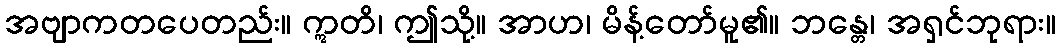
အဗျာကတပေတည်း။ ဣတိ၊ ဤသို့။ အာဟ၊ မိန့်တော်မူ၏။ ဘန္တေ၊ အရှင်ဘုရား။